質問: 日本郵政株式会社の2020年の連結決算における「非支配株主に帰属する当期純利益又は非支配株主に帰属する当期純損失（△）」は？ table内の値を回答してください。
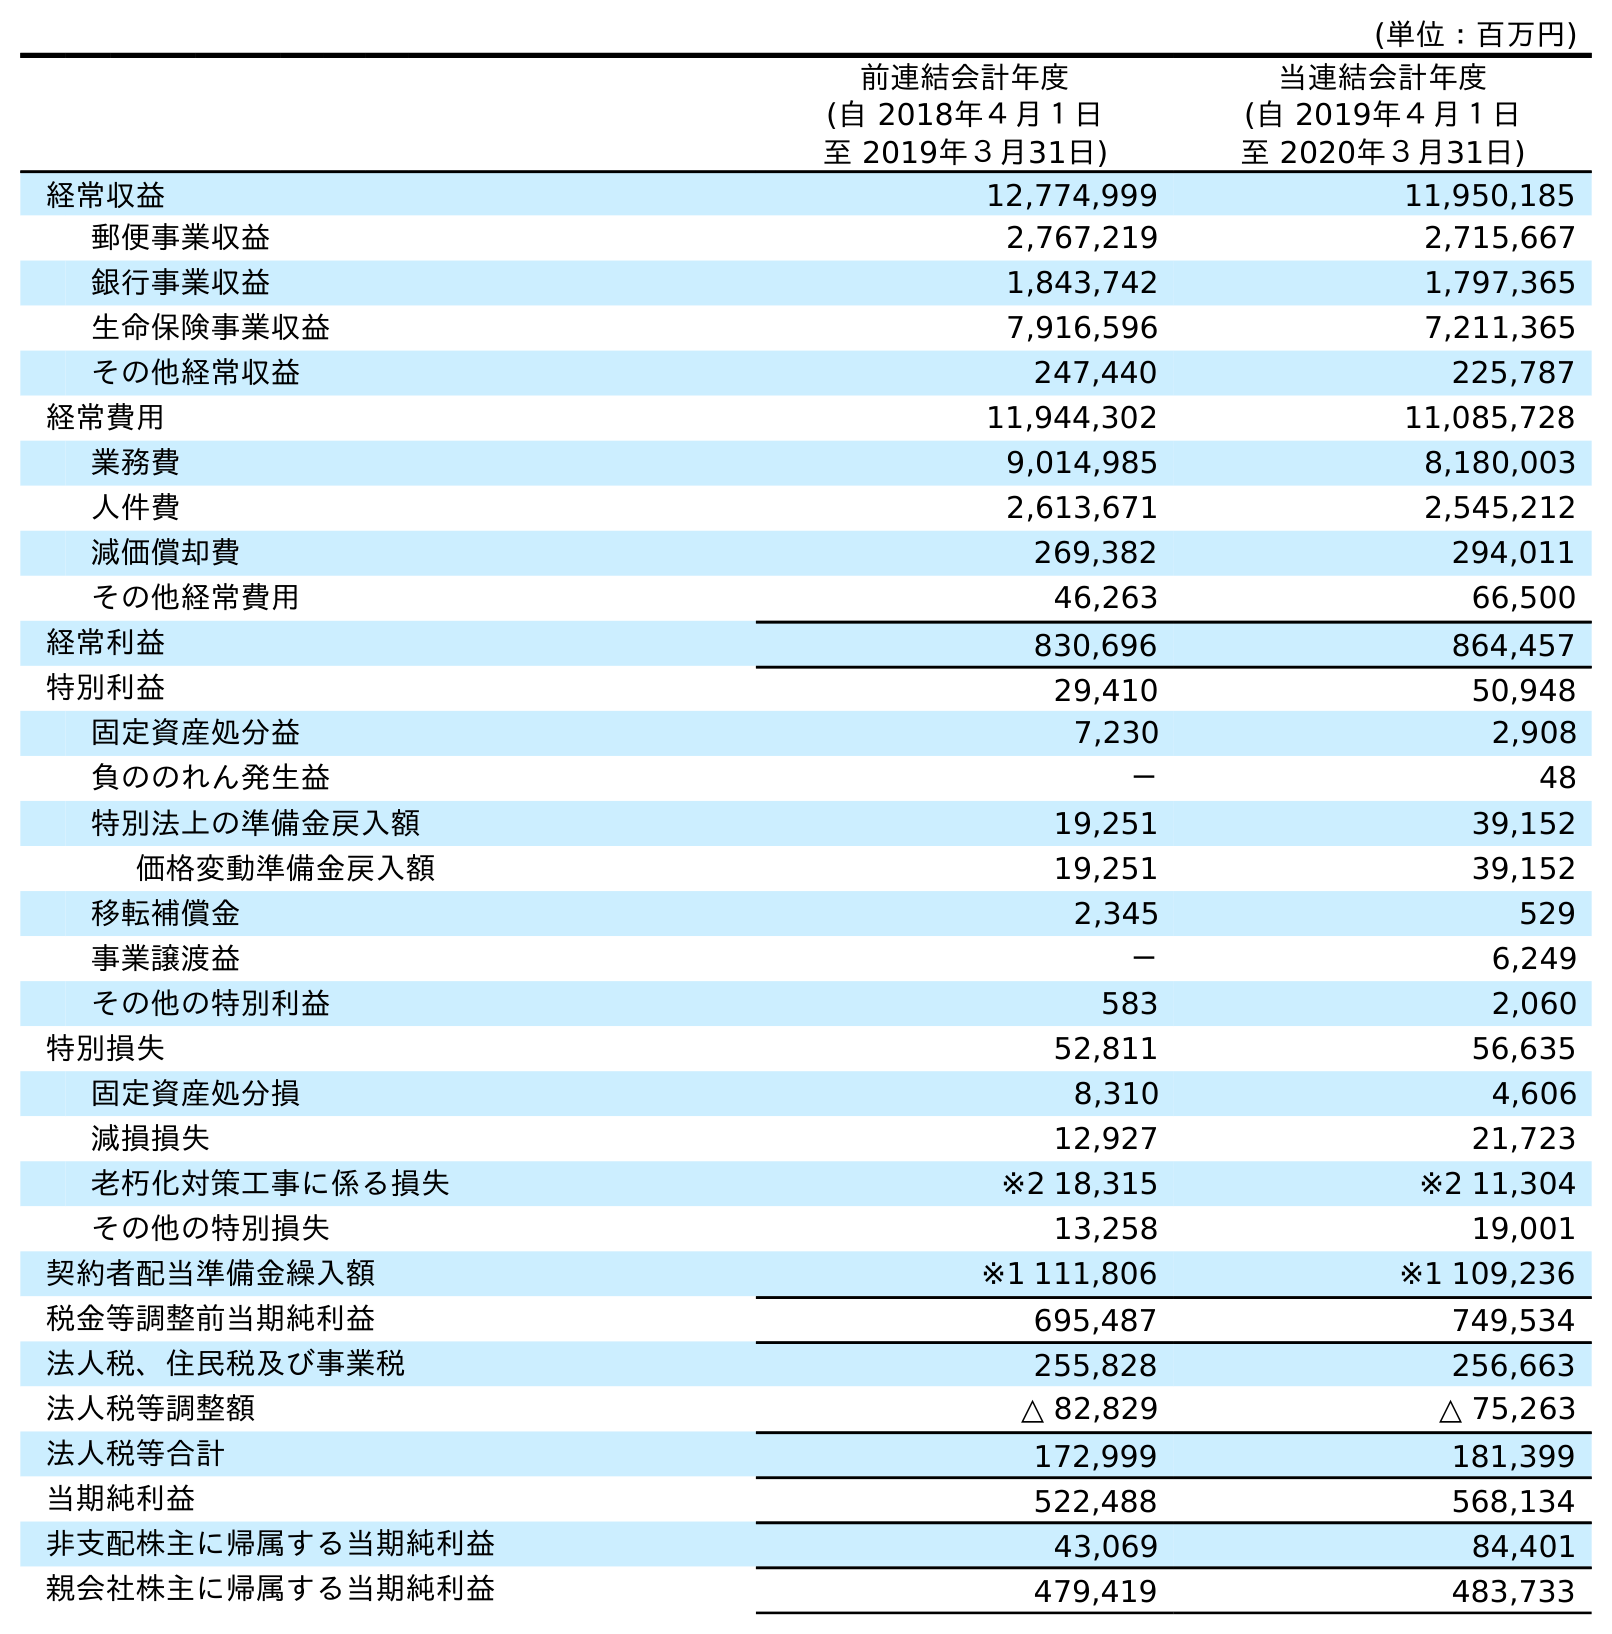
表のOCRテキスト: (単位：百万円) 前連結会計年度 (自 2018年４月１日 至 2019年３月31日) 当連結会計年度 (自 2019年４月１日 至 2020年３月31日) 経常収益 12,774,999 11,950,185 郵便事業収益 2,767,219 2,715,667 銀行事業収益 1,843,742 1,797,365 生命保険事業収益 7,916,596 7,211,365 その他経常収益 247,440 225,787 経常費用 11,944,302 11,085,728 業務費 9,014,985 8,180,003 人件費 2,613,671 2,545,212 減価償却費 269,382 294,011 その他経常費用 46,263 66,500 経常利益 830,696 864,457 特別利益 29,410 50,948 固定資産処分益 7,230 2,908 負ののれん発生益 － 48 特別法上の準備金戻入額 19,251 39,152 価格変動準備金戻入額 19,251 39,152 移転補償金 2,345 529 事業譲渡益 － 6,249 その他の特別利益 583 2,060 特別損失 52,811 56,635 固定資産処分損 8,310 4,606 減損損失 12,927 21,723 老朽化対策工事に係る損失 ※2 18,315 ※2 11,304 その他の特別損失 13,258 19,001 契約者配当準備金繰入額 ※1 111,806 ※1 109,236 税金等調整前当期純利益 695,487 749,534 法人税、住民税及び事業税 255,828 256,663 法人税等調整額 △ 82,829 △ 75,263 法人税等合計 172,999 181,399 当期純利益 522,488 568,134 非支配株主に帰属する当期純利益 43,069 84,401 親会社株主に帰属する当期純利益 479,419 483,733
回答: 84,401